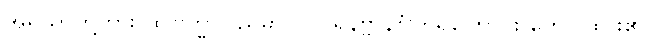
အရိယာတို့ကား ထိုဗြဟ္မာပြည်မှာပင် ပရိနိဗ္ဗာန်စံကြရကြောင်း ဟော ထား၏။